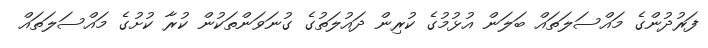
ފަރުދުންގެ މައްސަލަތައް ބަލަން އުޅުމުގެ ކުރިން ދައުލަތުގެ ގުނަވަންތަކުން ކުރާ ކުށުގެ މައްސަލަތައް